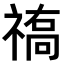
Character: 𥛒